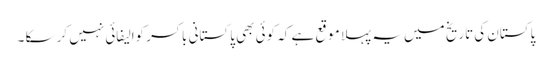
پاکستان کی تاریخ میں یہ پہلا موقع ہے کہ کوئی بھی پاکستانی باکسر کوالیفائی نہیں کر سکا ۔